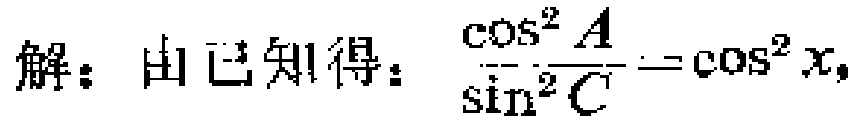
解：由已知得：$\frac{\cos^{2}A}{\sin^{2}C}=\cos^{2}x$，